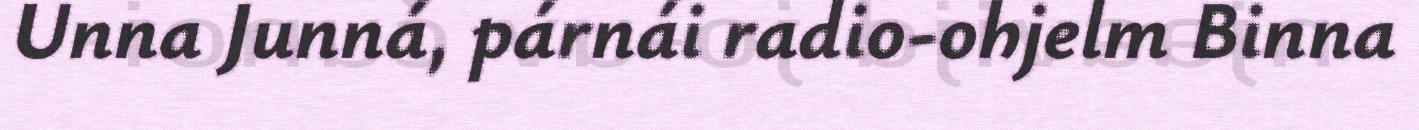
Unna Junná, párnái radio-ohjelm Binna